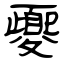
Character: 夒